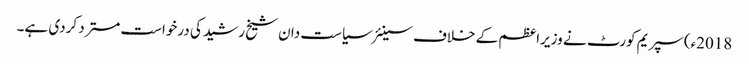
2018ء)سپریم کورٹ نے وزیراعظم کے خلاف سینئر سیاست دان شیخ رشید کی درخواست مسترد کردی ہے۔